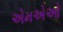
એમએઓ